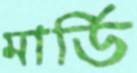
মার্ডি